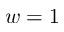
w = 1